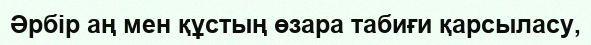
Әрбір аң мен құстың өзара табиғи қарсыласу,